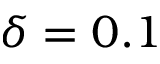
\delta = 0 . 1